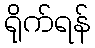
ရိုက်ရန်